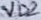
Text: VD2